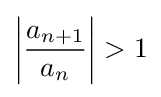
\left|{\frac {a_{n+1}}{a_{n}}}\right|>1